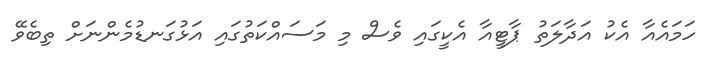
ހަމައެއާ އެކު އަދާލަތު ޕާޓީއާ އެކީގައި ވެސް މި މަސައްކަތުގައި އަޅުގަނޑުމެންނަށް ތިބެވޭ